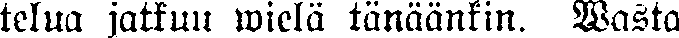
telua jatkuu wielä tänäänkin. Wasta